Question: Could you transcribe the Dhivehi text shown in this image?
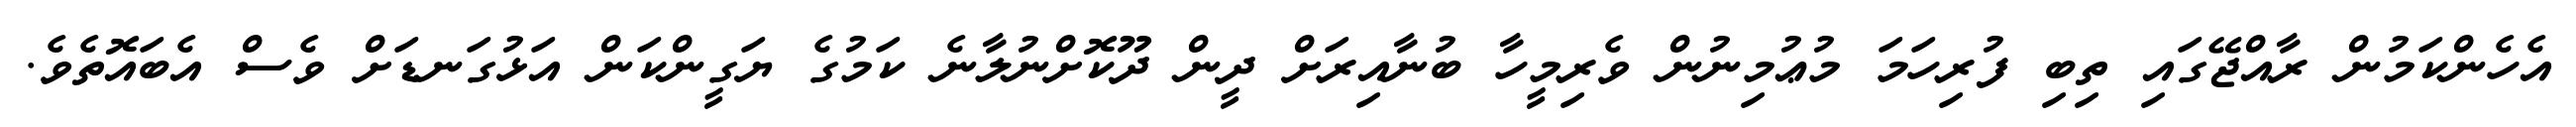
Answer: އެހެންކަމުން ރާއްޖޭގައި ތިބި ފުރިހަމަ މުޢުމިނުން ވެރިމީހާ ބުނާއިރަށް ދީން ދޫކޮށްނުލާނެ ކަމުގެ ޔަގީންކަން އަޅުގަނޑަށް ވެސް އެބައޮތެވެ.